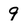
Character: 9